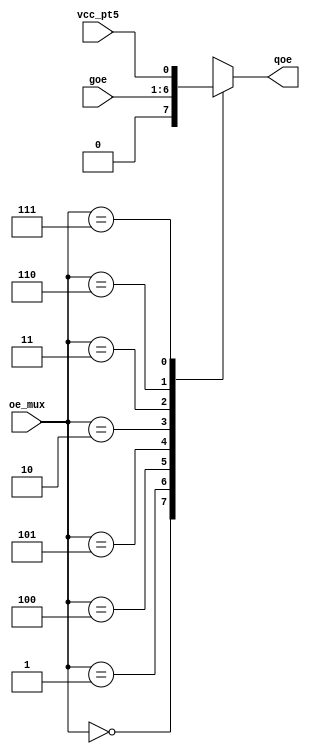
module goe_selector(
  input [0:2]oe_mux,
  input vcc_pt5,
  input [0:5]goe,
  output reg qoe
);
  always @ (*) begin
    casez(oe_mux)
      3'b000: qoe = 1'b0;
      3'b001: qoe = goe[0];
      3'b100: qoe = goe[1];
      3'b101: qoe = goe[2];
      3'b010: qoe = goe[3];
      3'b011: qoe = goe[4];
      3'b110: qoe = goe[5];
      3'b111: qoe = vcc_pt5;
      default: qoe = 1'b0;
    endcase;
  end
endmodule